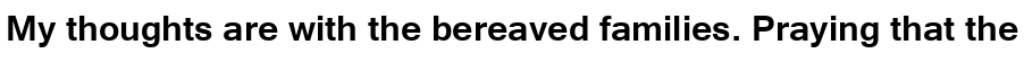
My thoughts are with the bereaved families. Praying that the